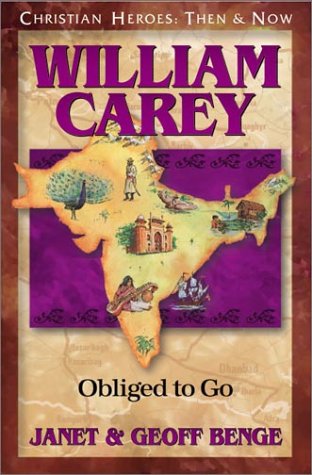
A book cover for William Carey: Obliged to Go (Christian Heroes: Then & Now); Janet Benge; Teen & Young Adult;